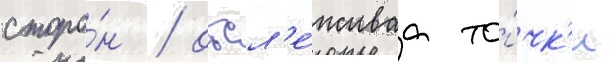
сторо́н / отсл'е́живаа то́чк'и